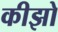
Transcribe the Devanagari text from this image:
कीझो